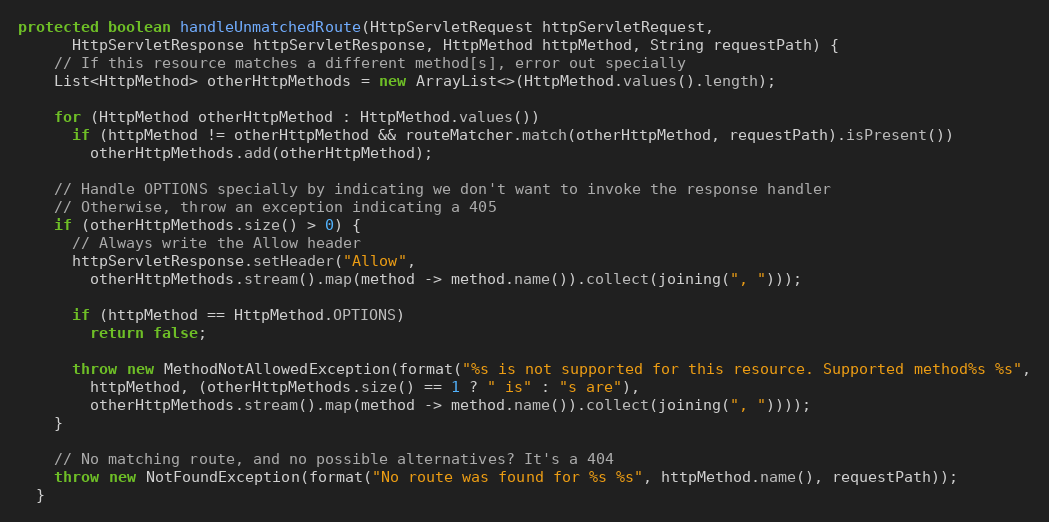
Language: Java
protected boolean handleUnmatchedRoute(HttpServletRequest httpServletRequest,
      HttpServletResponse httpServletResponse, HttpMethod httpMethod, String requestPath) {
    // If this resource matches a different method[s], error out specially
    List<HttpMethod> otherHttpMethods = new ArrayList<>(HttpMethod.values().length);

    for (HttpMethod otherHttpMethod : HttpMethod.values())
      if (httpMethod != otherHttpMethod && routeMatcher.match(otherHttpMethod, requestPath).isPresent())
        otherHttpMethods.add(otherHttpMethod);

    // Handle OPTIONS specially by indicating we don't want to invoke the response handler
    // Otherwise, throw an exception indicating a 405
    if (otherHttpMethods.size() > 0) {
      // Always write the Allow header
      httpServletResponse.setHeader("Allow",
        otherHttpMethods.stream().map(method -> method.name()).collect(joining(", ")));

      if (httpMethod == HttpMethod.OPTIONS)
        return false;

      throw new MethodNotAllowedException(format("%s is not supported for this resource. Supported method%s %s",
        httpMethod, (otherHttpMethods.size() == 1 ? " is" : "s are"),
        otherHttpMethods.stream().map(method -> method.name()).collect(joining(", "))));
    }

    // No matching route, and no possible alternatives? It's a 404
    throw new NotFoundException(format("No route was found for %s %s", httpMethod.name(), requestPath));
  }